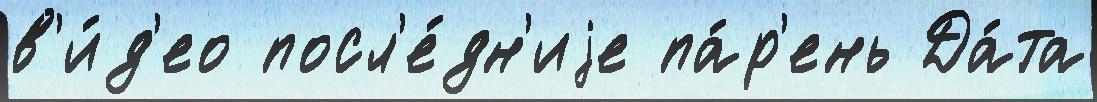
в'и́д'ео посл'е́дн'иjе па́р'ень Да́та